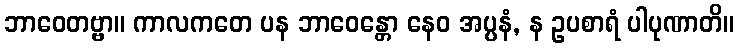
ဘာဝေတဗ္ဗာ။ ကာလကတေ ပန ဘာဝေန္တော နေဝ အပ္ပနံ, န ဥပစာရံ ပါပုဏာတိ။